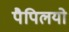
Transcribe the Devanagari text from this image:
पैपिलयो